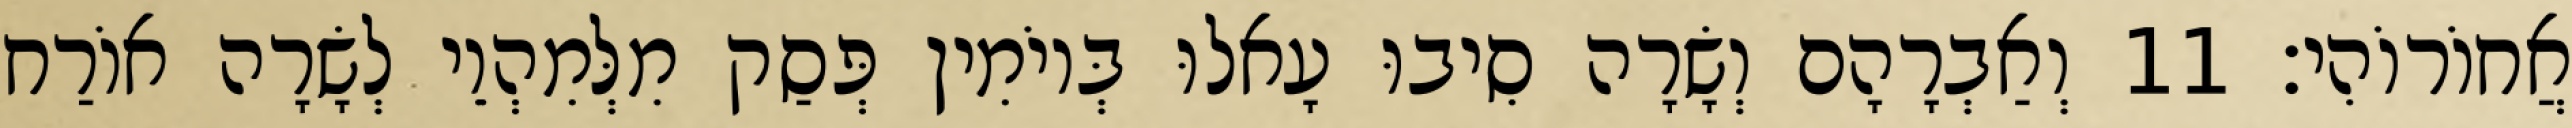
אֲחוֹרוֹהִי׃ 11 וְאַבְרָהָם וְשָׂרָה סִיבוּ עָאלוּ בְּיוֹמִין פְּסַק מִלְּמִהְוֵי לְשָׂרָה אוֹרַח